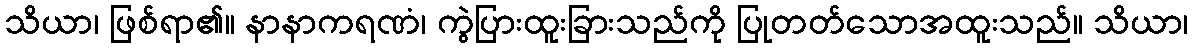
သိယာ၊ ဖြစ်ရာ၏။ နာနာကရဏံ၊ ကွဲပြားထူးခြားသည်ကို ပြုတတ်သောအထူးသည်။ သိယာ၊